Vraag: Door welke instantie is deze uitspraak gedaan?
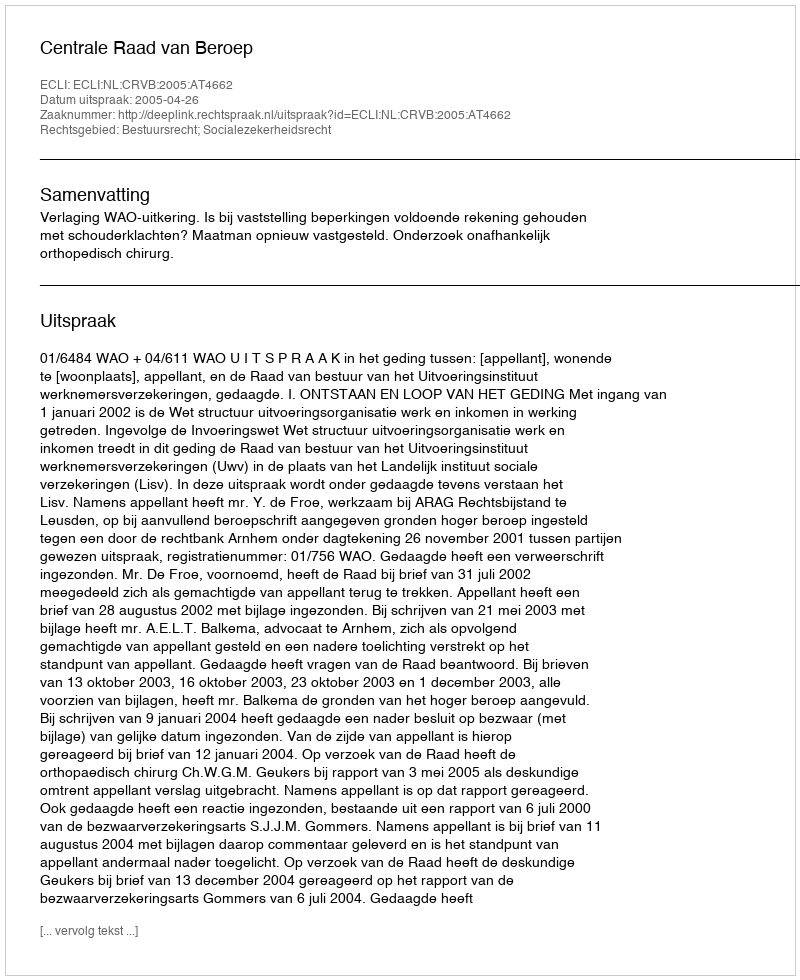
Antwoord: Centrale Raad van Beroep